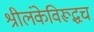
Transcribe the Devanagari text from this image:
श्रीलंकेविरूद्धच